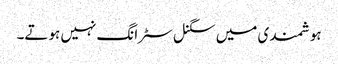
ہوشمندی میں سگنل سٹرانگ نہیں ہوتے۔